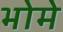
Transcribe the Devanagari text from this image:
भोमे